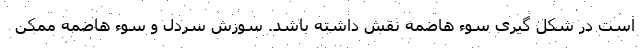
است در شکل گیری سوء هاضمه نقش داشته باشد. سوزش سردل و سوء هاضمه ممکن